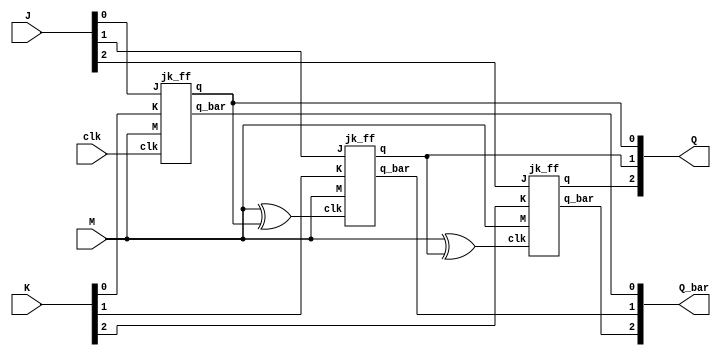
module async_up_down_counter(clk,M, J,K,Q,Q_bar);
input clk,M;
input [2:0]J,K;
output [2:0]Q,Q_bar;
wire w1,w2;

jk_ff JK1(clk,M,J[0],K[0],Q[0],Q_bar[0]);
assign w1 = M^Q[0];
jk_ff JK2(w1,M,J[1],K[1],Q[1],Q_bar[1]);
assign w2 = M^Q[1];
jk_ff JK3(w2,M,J[2],K[2],Q[2],Q_bar[2]);
endmodule


module jk_ff(clk,M,J,K, q,q_bar);
input clk,M,J,K;
output reg q;
output q_bar;

always@(negedge clk)
begin
  case({J,K})
    2'b00: q <= q;
  2'b01: q <= 1'b0;
  2'b10: q <= 1'b1;
  2'b11: q <= ~q;
  endcase
end

initial begin
q = 1'b1;
end
assign q_bar = ~q;
endmodule